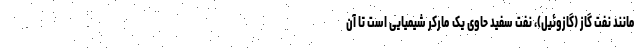
مانند نفت گاز (گازوئیل)، نفت سفید حاوی یک مارکر شیمیایی است تا آن